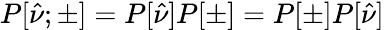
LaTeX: P[\hat{\nu};\pm]=P[\hat{\nu}]P[\pm]=P[\pm]P[\hat{\nu}]